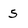
Character: 5